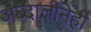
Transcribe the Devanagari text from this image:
अब्दालीनेही